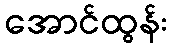
အောင်ထွန်း